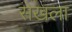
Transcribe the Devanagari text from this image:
सेखला